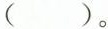
( )。